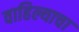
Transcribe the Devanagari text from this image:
वाहिल्याचा